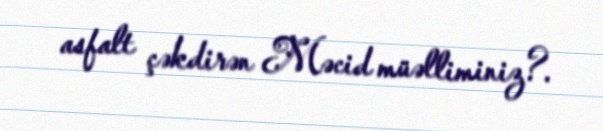
asfalt çəkdirən Məcid müəlliminiz?.